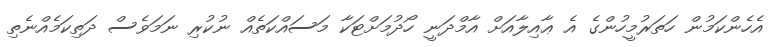
އެހެންކަމުން ހަތަރުމީހުންގެ އެ ޢާއިލާއަށް އާމްދަނީ ހޯދުމަށްޓަކާ މަސައްކަތެއް ނުކުރި ނަމަވެސް ދަތިކަމެއްނެތި